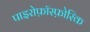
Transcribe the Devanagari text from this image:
पाइरोफ़ॉस्फ़ोरिक